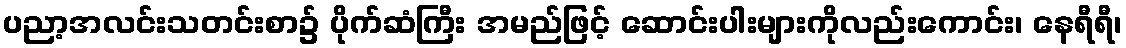
ပညာ့အလင်းသတင်းစာ၌ ပိုက်ဆံကြီး အမည်ဖြင့် ဆောင်းပါးများကိုလည်းကောင်း၊ နေရီရီ၊